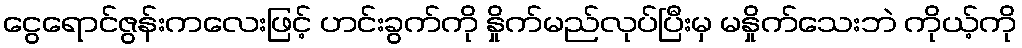
ငွေရောင်ဇွန်းကလေးဖြင့် ဟင်းခွက်ကို နှိုက်မည်လုပ်ပြီးမှ မနှိုက်သေးဘဲ ကိုယ့်ကို